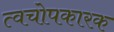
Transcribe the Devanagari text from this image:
त्वचोपकारक